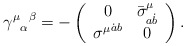
\begin{align*}{{\gamma^{\mu}}_{\alpha}}^{\beta} = -\left( \begin{array}{cc} 0 & {{\bar{\sigma}}^{\mu}}_{a \dot{b}} \\ {\sigma^{\mu}}^{\dot{a} b} & 0 \end{array} \right) .\end{align*}